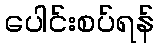
ပေါင်းစပ်ရန်